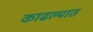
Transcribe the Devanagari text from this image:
काढल्यात